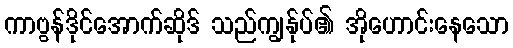
ကာဗွန်ဒိုင်အောက်ဆိုဒ် သည်ကျွန်ုပ်၏ အိုဟောင်းနေသော